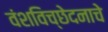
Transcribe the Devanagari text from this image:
वंशविच्छेदनाचे